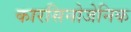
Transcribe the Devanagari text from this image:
कारसिनोजेनिक